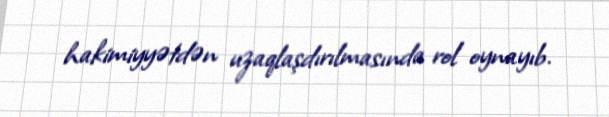
hakimiyyətdən uzaqlaşdırılmasında rol oynayıb.